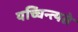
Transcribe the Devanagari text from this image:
यच्चिन्त्यते